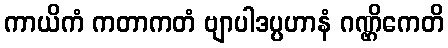
ကာယိကံ ကတာကတံ ဗျာပါဒပ္ပဟာနံ ဂဏ္ဌိကေတိ